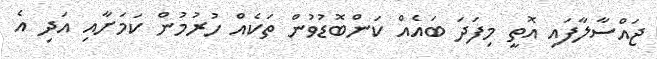
ޖައްސާލާފައި އޮތީ މިފަދަ ބައެއް ކަންބޮޑުވުން ތަކެއް ހުރުމުން ކަމަށާއި އަދި އެ